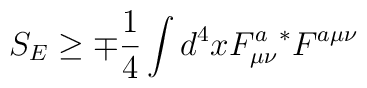
S_{E}\geq \mp \frac{1}{4}\int d^{4}xF_{\mu \nu }^{a}{}^{*}F^{a\mu \nu }